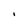
Character: I